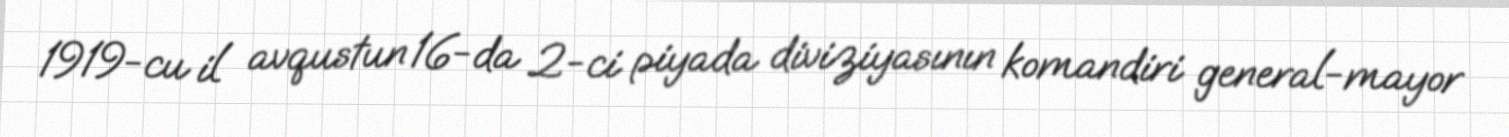
1919-cu il avqustun 16-da 2-ci piyada diviziyasının komandiri general-mayor